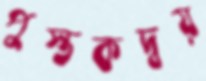
পুস্তকদ্বয়